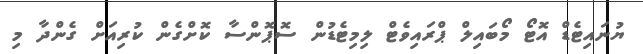
ޔުނައިޓެޑް އޮޓޯ މޯބައިލް ޕްރައިވެޓް ލިމިޓެޑުން ސޮޕޮންސާ ކޮށްގެން ކުރިއަށް ގެންދާ މި